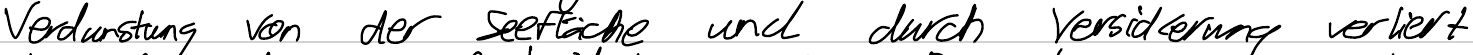
Verdunstung von der Seefläche und durch Versickerung verliert